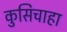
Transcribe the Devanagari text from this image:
कुसिचाहा